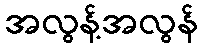
အလွန့်အလွန်